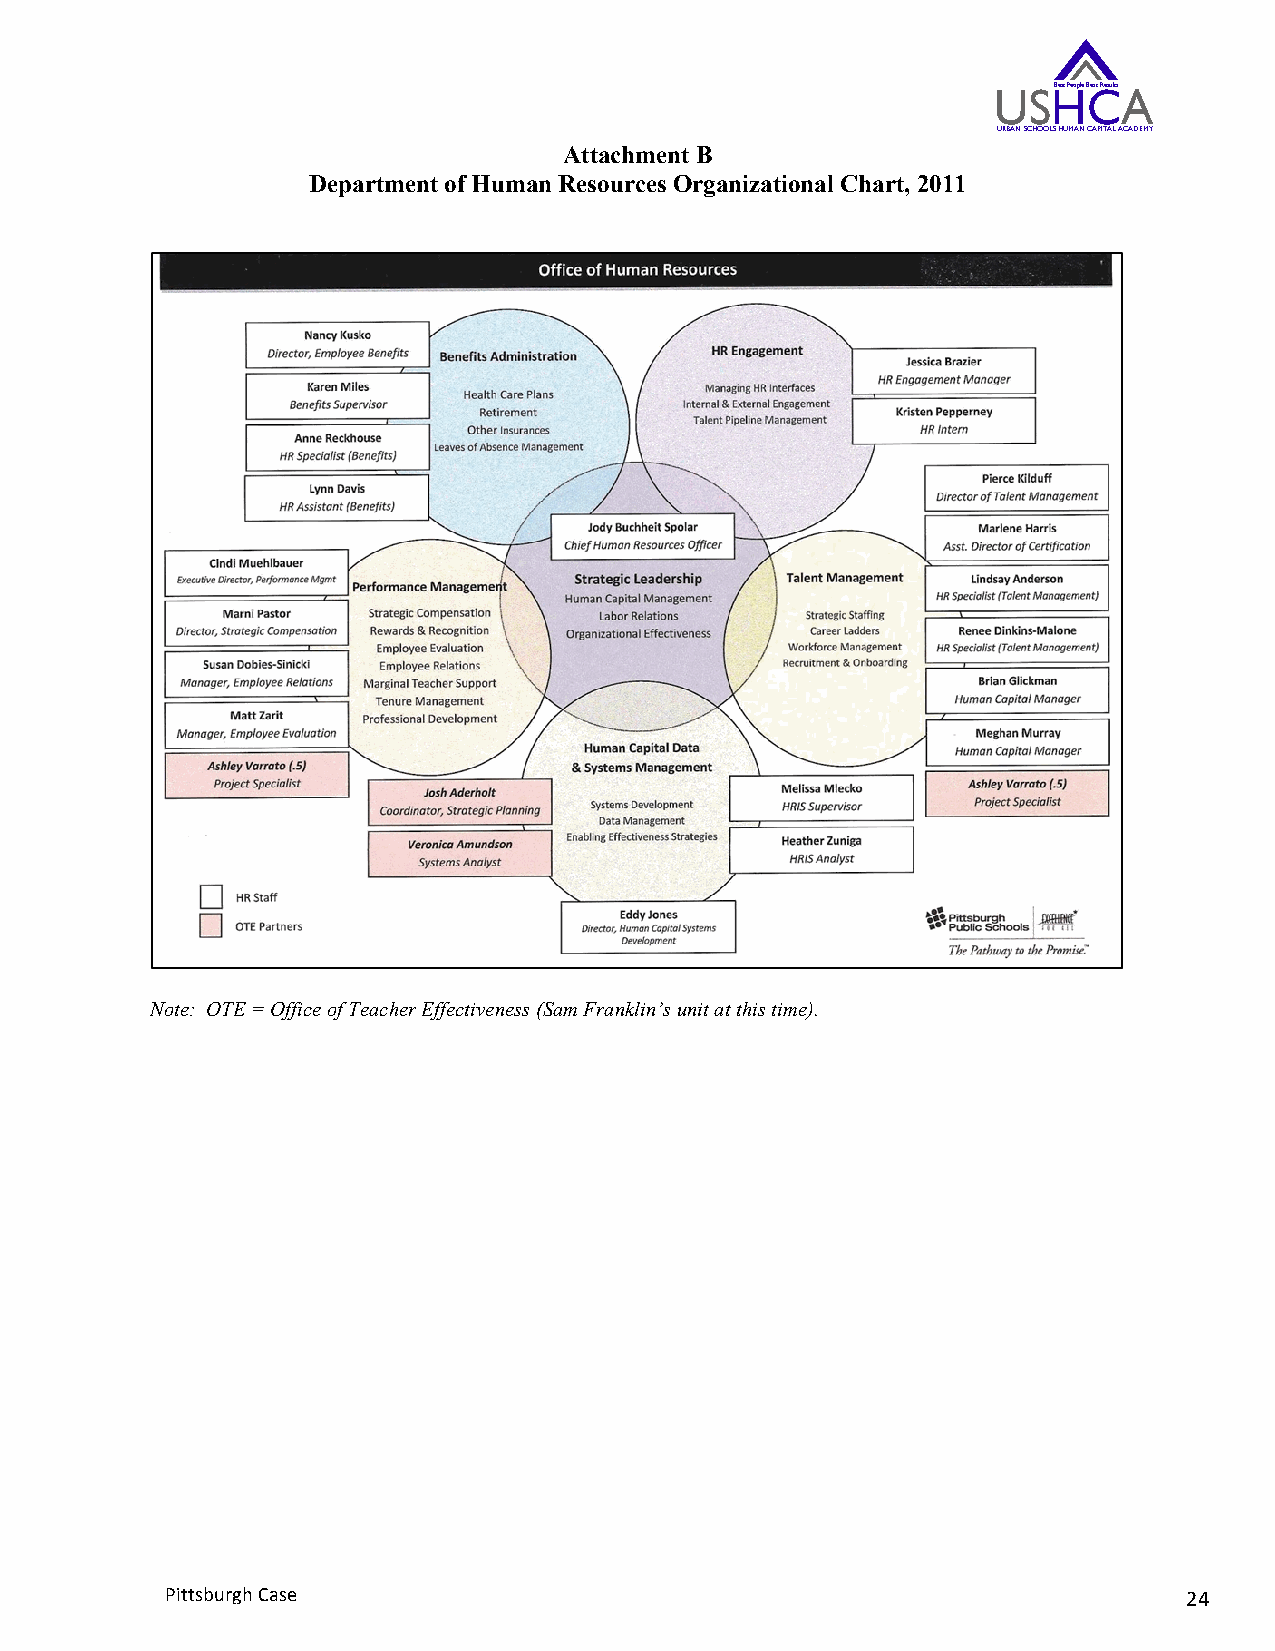
USHBest People CBest ResultsA
 URBAN SCHOOLS HUMAN CAPITAL ACADEMY
 Attachment B
 Department of Human Resources Organizational Chart, 2011
 Note: OTE = Office of Teacher Effectiveness (Sam Franklin’s unit at this time).
 Pittsburgh Case                                                     24